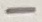
Text: -